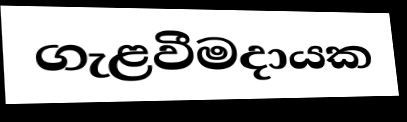
ගැළවීමදායක